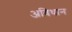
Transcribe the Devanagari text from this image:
अविधान